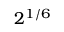
2 ^ { 1 / 6 }